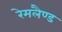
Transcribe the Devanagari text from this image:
रेमलैण्ड